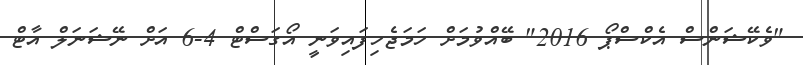
"ވެކޭޝަންސް އެކްސްޕޯ 2016" ބޭއްވުމަށް ހަމަޖެހިފައިވަނީ އޯގަސްޓް 4-6 އަށް ނޭޝަނަލް އާޓް